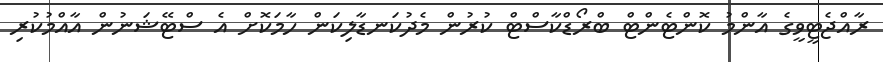
ރާއްޖެޓީވީގެ އާންމު ކޮންޓެންޓް ބްރޯޑްކާސްޓް ކުރުން މެދުކަނޑާލިކަން ހާމަކޮށް އެ ސްޓޭޝަނުން އާއްމުކުރި